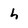
Character: h